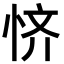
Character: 𫺊